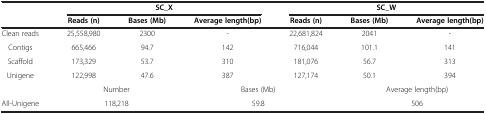
<table><thead><tr><td rowspan="2"><b> </b></td><td colspan="3"><b>SC_X</b></td><td colspan="3"><b>SC_W</b></td></tr><tr><td><b>Reads (n)</b></td><td><b>Bases (Mb)</b></td><td><b>Average length(bp)</b></td><td><b>Reads (n)</b></td><td><b>Bases (Mb)</b></td><td><b>Average length(bp)</b></td></tr></thead><tbody><tr><td>Clean reads</td><td>25,558,980</td><td>2300</td><td>-</td><td>22,681,824</td><td>2041</td><td>-</td></tr><tr><td>Contigs</td><td>665,466</td><td>94.7</td><td>142</td><td>716,044</td><td>101.1</td><td>141</td></tr><tr><td>Scaffold</td><td>173,329</td><td>53.7</td><td>310</td><td>181,076</td><td>56.7</td><td>313</td></tr><tr><td>Unigene</td><td>122,998</td><td>47.6</td><td>387</td><td>127,174</td><td>50.1</td><td>394</td></tr><tr><td> </td><td colspan="2">Number</td><td colspan="2">Bases (Mb)</td><td colspan="2">Average length(bp)</td></tr><tr><td>All-Unigene</td><td colspan="2">118,218</td><td colspan="2">59.8</td><td colspan="2">506</td></tr></tbody></table>